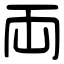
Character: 両